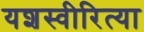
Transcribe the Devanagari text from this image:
यशस्‍वीरित्‍या